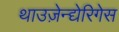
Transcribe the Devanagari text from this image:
थाउज़ेन्द्येरिगेस